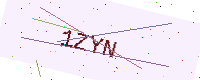
Text: 1ZYN